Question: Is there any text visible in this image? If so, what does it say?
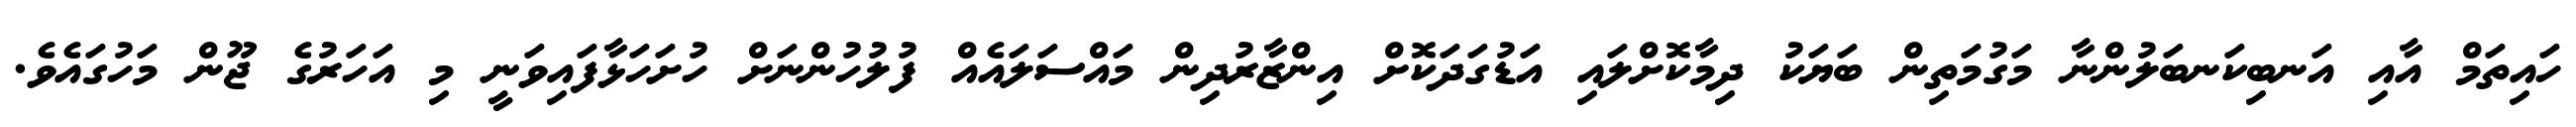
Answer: ހައިތަމް އާއި އަނބިކަނބަލުންނާ މަގުމަތިން ބަޔަކު ދިމާކޮށްލައި އަޑުގަދަކޮށް އިންޒާރުދިން މައްސަލައެއް ފުލުހުންނަށް ހުށަހަޅާފައިވަނީ މި އަހަރުގެ ޖޫން މަހުގައެވެ.